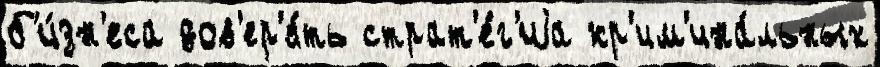
б'и́зн'еса дов'ер'я́ть страт'е́г'иjа кр'им'ина́льных